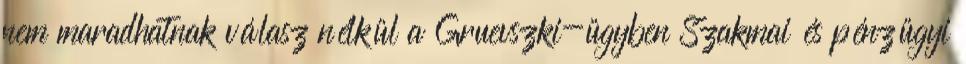
nem maradhatnak válasz nélkül a Gruevszki-ügyben Szakmai és pénzügyi